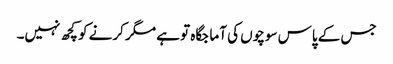
جس کے پاس سوچوں کی آما جگاہ تو ہے مگر کرنے کو کچھ نہیں۔